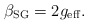
\begin{align*}\beta_{\rm SG} = 2 g_{\rm eff}.\end{align*}